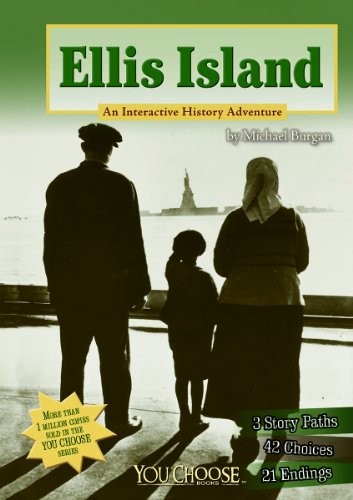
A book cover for Ellis Island: An Interactive History Adventure (You Choose: History); Michael Burgan; Children's Books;